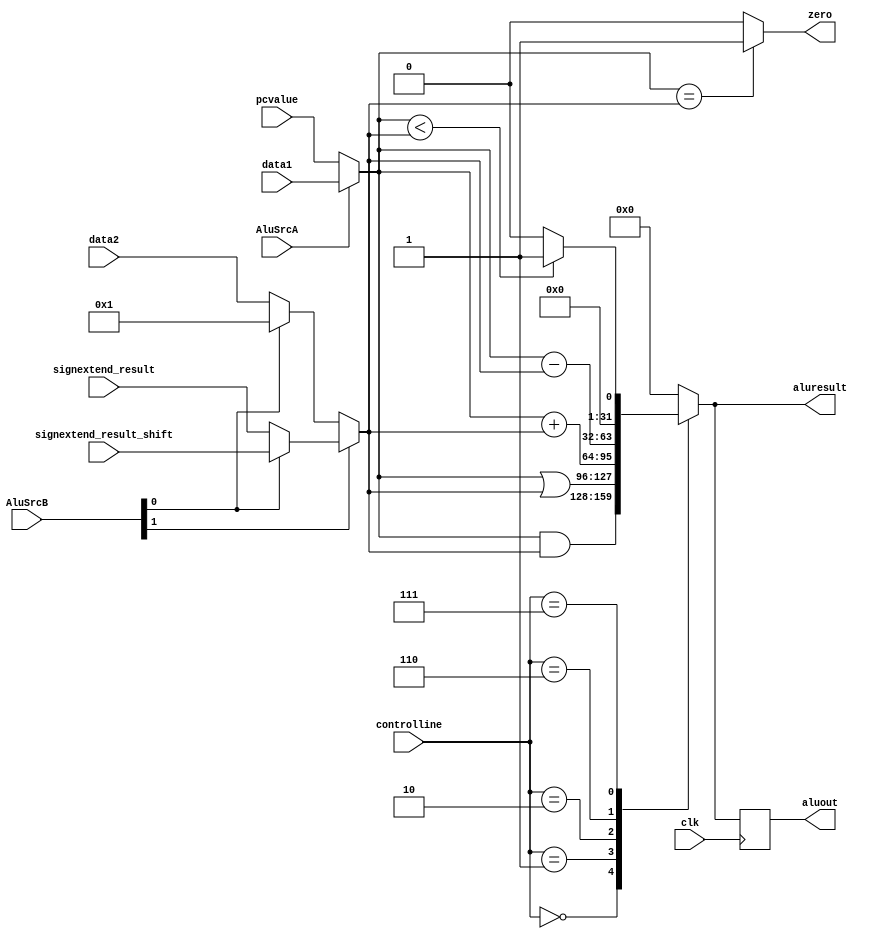
module alu(input [31:0] data1, data2, pcvalue, signextend_result, signextend_result_shift, 
          input [1:0] AluSrcB,
           input AluSrcA, clk,
           input [2:0] controlline,
           output reg  [31:0] aluresult, aluout,
           output zero
           );
    wire [31:0]   alusource1, alusource2;
  // reg  [31:0]   A, B;
  /*  always @ (posedge clk)
      begin
          A <= data1;
          B <= data2;
      end
    */
    assign alusource1 = (AluSrcA) ? data1 : pcvalue;
    assign alusource2 = (AluSrcB[1]) ? (AluSrcB[0] ? signextend_result_shift : signextend_result) 
      : (AluSrcB[0] ? 'd1 :data2);
    always @ (*)
      begin
        //  #150
              
            case (controlline)
              3'b000:    aluresult = alusource1 & alusource2;
              3'b001:  aluresult = alusource1 | alusource2;
              3'b010:   aluresult = alusource1 + alusource2;
              3'b110:  aluresult = alusource1 - alusource2;
              3'b111:  aluresult = (alusource1 < alusource2)? 1:0;
              default:  aluresult = 'd0;
              
            endcase // case (controlline)
      end // always @ (*)
    assign  zero = (alusource1 == alusource2)? 1:0;
    always @ (posedge clk)
      aluout <= aluresult;
    
endmodule // alu